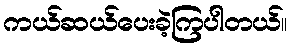
ကယ်ဆယ်ပေးခဲ့ကြပါတယ်။